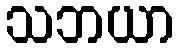
သဘယာ